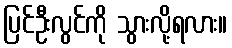
ပြင်ဦးလွင်ကို သွားလို့ရလား။